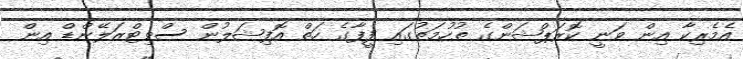
އެމެރިކާ އިން ވަނީ ކޮރަޕްޝަންގެ ތުހުމަތުގައި ފީފާގެ ހަތް އޮފިޝަލުން ސްވިޓްޒަލޭންޑް އިން